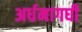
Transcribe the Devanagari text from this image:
अर्धमागघी